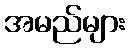
အမည်များ